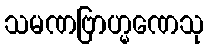
သမဏဗြာဟ္မဏေသု